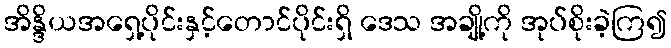
အိန္ဒိယအရှေ့ပိုင်းနှင့်တောင်ပိုင်းရှိ ဒေသ အချို့ကို အုပ်စိုးခဲ့ကြ၍